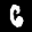
Label: 6